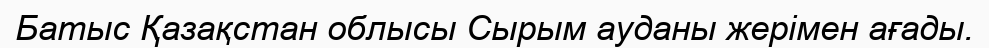
Батыс Қазақстан облысы Сырым ауданы жерімен ағады.